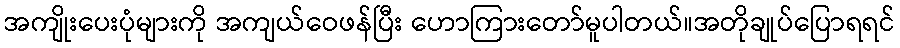
အကျိုးပေးပုံများကို အကျယ်ဝေဖန်ပြီး ဟောကြားတော်မူပါတယ်။အတိုချုပ်ပြောရရင်